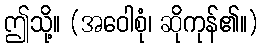
ဤသို့။ (အဝေါစုံ၊ ဆိုကုန်၏။)